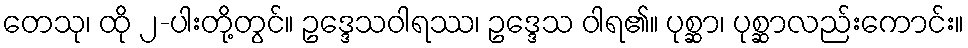
တေသု၊ ထို ၂-ပါးတို့တွင်။ ဥဒ္ဒေသဝါရဿ၊ ဥဒ္ဒေသ ဝါရ၏။ ပုစ္ဆာ၊ ပုစ္ဆာလည်းကောင်း။